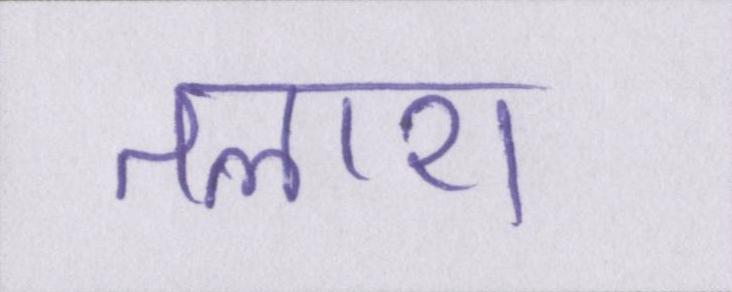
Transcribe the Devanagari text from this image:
तलाश